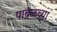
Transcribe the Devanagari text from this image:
पाबळच्या